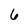
Character: 6